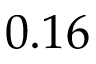
0 . 1 6